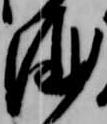
酒